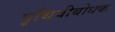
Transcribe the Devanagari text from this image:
पृथिवीबोधक